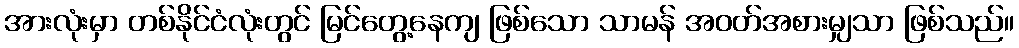
အားလုံးမှာ တစ်နိုင်ငံလုံးတွင် မြင်တွေ့နေကျ ဖြစ်သော သာမန် အဝတ်အစားမျှသာ ဖြစ်သည်။